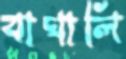
বাঘালি